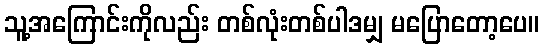
သူ့အကြောင်းကိုလည်း တစ်လုံးတစ်ပါဒမျှ မပြောတော့ပေ။